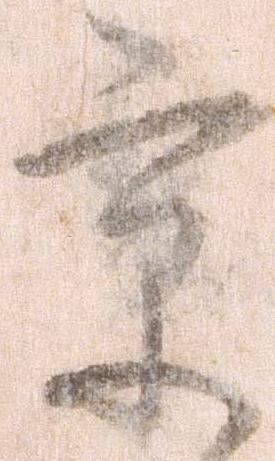
京